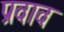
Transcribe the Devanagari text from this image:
प्रवाव